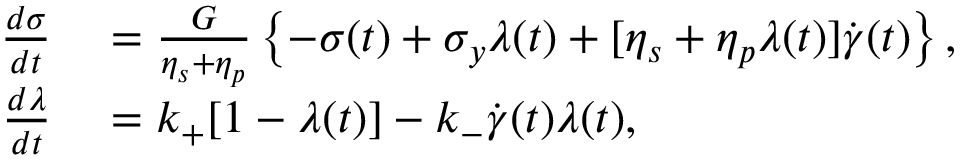
\begin{array} { r l } { \frac { d \sigma } { d t } } & { { } = \frac { G } { \eta _ { s } + \eta _ { p } } \left\{ - \sigma ( t ) + \sigma _ { y } \lambda ( t ) + [ \eta _ { s } + \eta _ { p } \lambda ( t ) ] \dot { \gamma } ( t ) \right\} , } \\ { \frac { d \lambda } { d t } } & { { } = k _ { + } [ 1 - \lambda ( t ) ] - k _ { - } \dot { \gamma } ( t ) \lambda ( t ) , } \end{array}